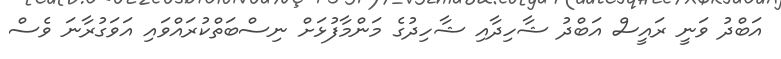
އަބްދު ވަނީ ރައީސް އަބްދު ޝާހިދާއި ޝާހިދުގެ މަންމާފުޅަށް ނިސްބަތްކުރައްވައި އަވަގުރާނަ ވެސް